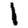
Digit: 1